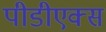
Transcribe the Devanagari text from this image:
पीडीएक्स